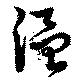
温